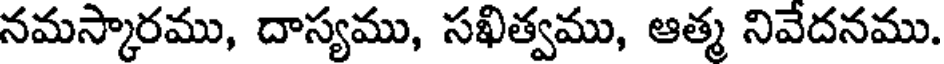
నమస్కారము, దాస్యము, సఖిత్వము, ఆత్మ నివేదనము.